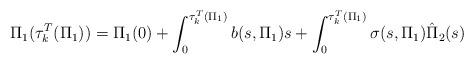
LaTeX: \begin{align*}\Pi_1(\tau^T_k(\Pi_1))=\Pi_1(0)+\int_{0}^{\tau^T_k(\Pi_1)}b(s,\Pi_1)s+\int_{0}^{\tau^T_k(\Pi_1)}\sigma(s,\Pi_1)\hat{\Pi}_2(s)\end{align*}